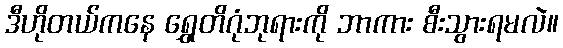
ဒီဟိုတယ်ကနေ ရွှေတိဂုံဘုရားကို ဘာကား စီးသွားရမလဲ။